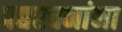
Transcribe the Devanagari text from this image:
पद्यरचनांना